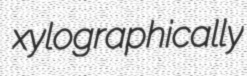
xylographically